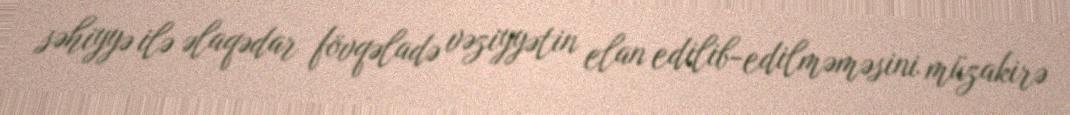
səhiyyə ilə əlaqədar fövqəladə vəziyyətin elan edilib-edilməməsini müzakirə